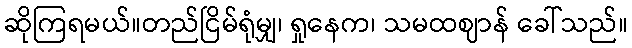
ဆိုကြရမယ်။တည်ငြိမ်ရုံမျှ၊ ရှုနေက၊ သမထဈာန် ခေါ်သည်။